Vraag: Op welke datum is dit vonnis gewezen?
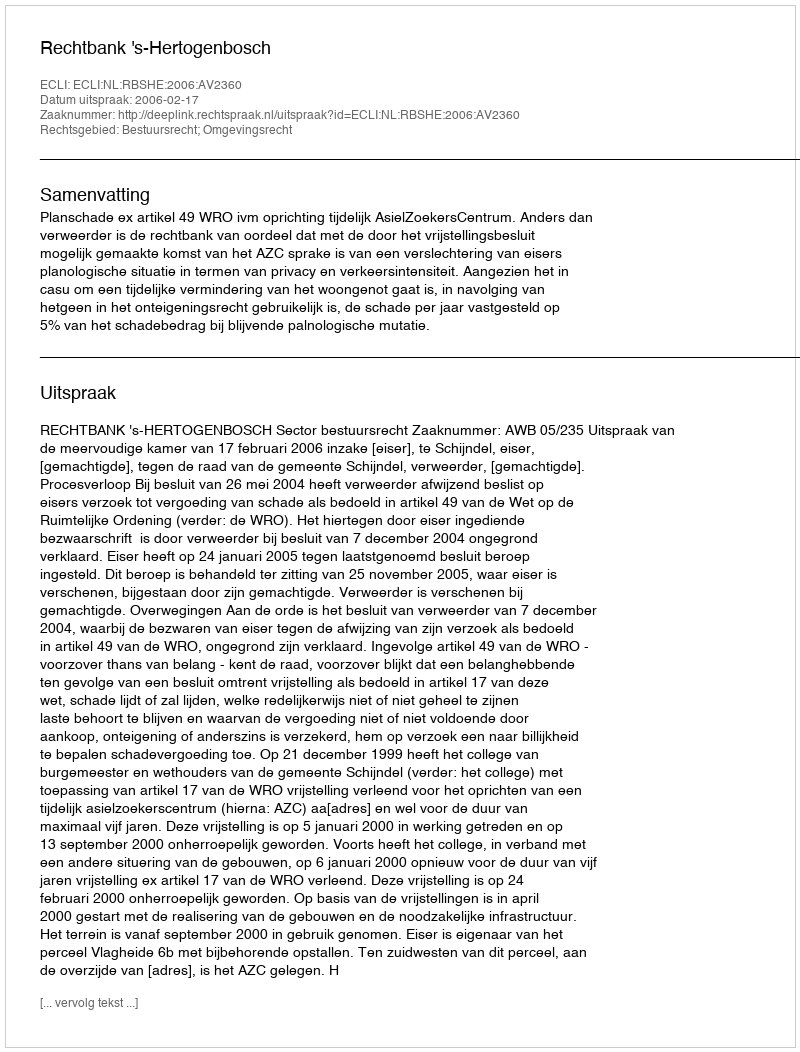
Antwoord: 2006-02-17